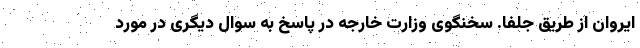
ایروان از طریق جلفا. سخنگوی وزارت خارجه در پاسخ به سوال دیگری در مورد